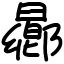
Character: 曏